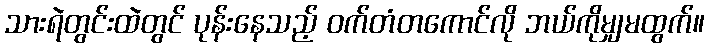
သားရဲတွင်းထဲတွင် ပုန်းနေသည့် ဝက်တံတကောင်လို ဘယ်ကိုမျှမထွက်။